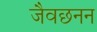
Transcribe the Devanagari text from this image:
जैवछनन